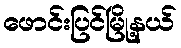
ဖောင်းပြင်မြို့နယ်